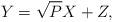
LaTeX: \begin{align*}Y=\sqrt{P}X+Z,\end{align*}